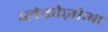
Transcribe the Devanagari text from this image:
प्लेकोज़ोआ